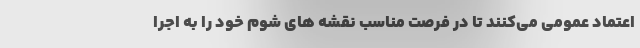
اعتماد عمومی می‌کنند تا در فرصت مناسب نقشه های شوم خود را به اجرا